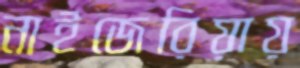
নাইজেরিয়ায়